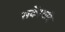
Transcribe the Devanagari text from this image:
सकें।यदि